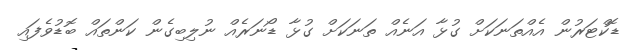
ޑޮކްޓަރުން އެއްތަނަކަށް ގުޅާ އަނެއް ތަނަކަށް ގުޅާ ޑޯނަރެއް ނުލިބިގެން ކަންތައް ބޮޑުވެފައި